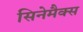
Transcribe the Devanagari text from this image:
सिनेमैक्स